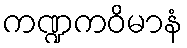
ကဏ္ဍကဝိမာနံ